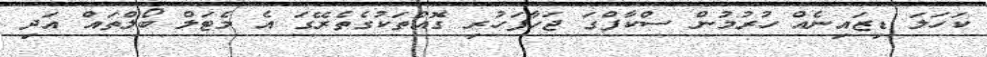
ކަހަލަ ޑިޒައިނެއް ހުރުމުން ސްކާފްގަ ޖަހާފަހުރި ގޮއްތަކުގެތެރޭގަ އެ މެޓަލް ބޯލްތައް އަދި